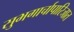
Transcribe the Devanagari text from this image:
सुभगार्चापारिजात